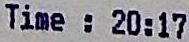
TIME : 20:17